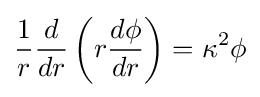
{\frac {1}{r}}{\frac {d}{dr}}\left(r{\frac {d\phi }{dr}}\right)=\kappa ^{2}\phi